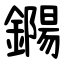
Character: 鐊